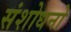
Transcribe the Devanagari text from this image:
संशोधनो